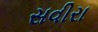
સવીરા